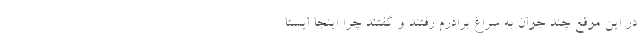
در این موقع چند جوان به سراغ برادرم رفتند و گفتند چرا اینجا ایستا